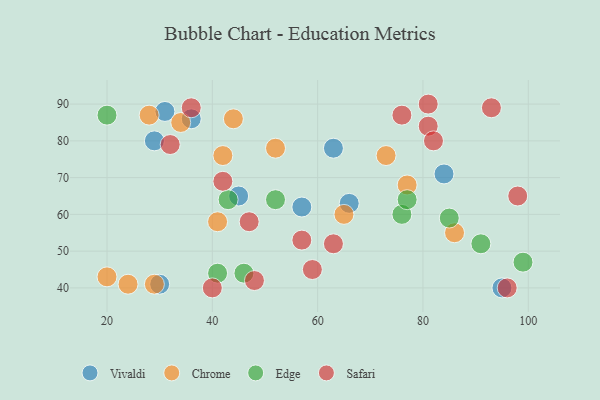
{"axis": {"x": "GDP", "y": "Life Expectancy"}, "legend": ["Chrome", "Edge", "Safari", "Vivaldi"], "data": [{"x": "95", "y": 40, "type": "Vivaldi"}, {"x": "63", "y": 78, "type": "Vivaldi"}, {"x": "31", "y": 88, "type": "Vivaldi"}, {"x": "36", "y": 86, "type": "Vivaldi"}, {"x": "29", "y": 80, "type": "Vivaldi"}, {"x": "66", "y": 63, "type": "Vivaldi"}, {"x": "84", "y": 71, "type": "Vivaldi"}, {"x": "45", "y": 65, "type": "Vivaldi"}, {"x": "30", "y": 41, "type": "Vivaldi"}, {"x": "57", "y": 62, "type": "Vivaldi"}, {"x": "34", "y": 85, "type": "Chrome"}, {"x": "20", "y": 43, "type": "Chrome"}, {"x": "73", "y": 76, "type": "Chrome"}, {"x": "52", "y": 78, "type": "Chrome"}, {"x": "42", "y": 76, "type": "Chrome"}, {"x": "86", "y": 55, "type": "Chrome"}, {"x": "41", "y": 58, "type": "Chrome"}, {"x": "77", "y": 68, "type": "Chrome"}, {"x": "29", "y": 41, "type": "Chrome"}, {"x": "44", "y": 86, "type": "Chrome"}, {"x": "28", "y": 87, "type": "Chrome"}, {"x": "65", "y": 60, "type": "Chrome"}, {"x": "24", "y": 41, "type": "Chrome"}, {"x": "52", "y": 64, "type": "Edge"}, {"x": "41", "y": 44, "type": "Edge"}, {"x": "99", "y": 47, "type": "Edge"}, {"x": "85", "y": 59, "type": "Edge"}, {"x": "20", "y": 87, "type": "Edge"}, {"x": "46", "y": 44, "type": "Edge"}, {"x": "76", "y": 60, "type": "Edge"}, {"x": "43", "y": 64, "type": "Edge"}, {"x": "77", "y": 64, "type": "Edge"}, {"x": "91", "y": 52, "type": "Edge"}, {"x": "81", "y": 84, "type": "Safari"}, {"x": "59", "y": 45, "type": "Safari"}, {"x": "32", "y": 79, "type": "Safari"}, {"x": "57", "y": 53, "type": "Safari"}, {"x": "63", "y": 52, "type": "Safari"}, {"x": "81", "y": 90, "type": "Safari"}, {"x": "82", "y": 80, "type": "Safari"}, {"x": "98", "y": 65, "type": "Safari"}, {"x": "48", "y": 42, "type": "Safari"}, {"x": "36", "y": 89, "type": "Safari"}, {"x": "42", "y": 69, "type": "Safari"}, {"x": "93", "y": 89, "type": "Safari"}, {"x": "47", "y": 58, "type": "Safari"}, {"x": "96", "y": 40, "type": "Safari"}, {"x": "76", "y": 87, "type": "Safari"}, {"x": "40", "y": 40, "type": "Safari"}]}